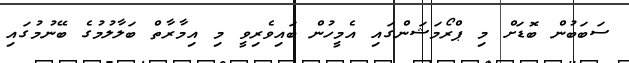
ސަބަބުން ބޮޑަށް މި ޕްރޯމަޝަންގައި އެމީހުން ބައިވެރިވީ މި އިމާރާތް ބަލާލުމުގެ ބޭނުމުގައި